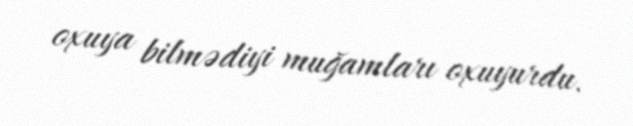
oxuya bilmədiyi muğamları oxuyurdu.